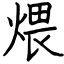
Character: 煨